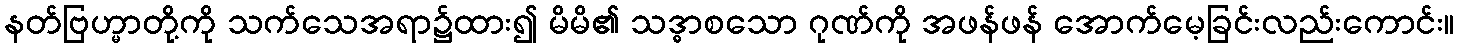
နတ်ဗြဟ္မာတို့ကို သက်သေအရာ၌ထား၍ မိမိ၏ သဒ္ဓာစသော ဂုဏ်ကို အဖန်ဖန် အောက်မေ့ခြင်းလည်းကောင်း။